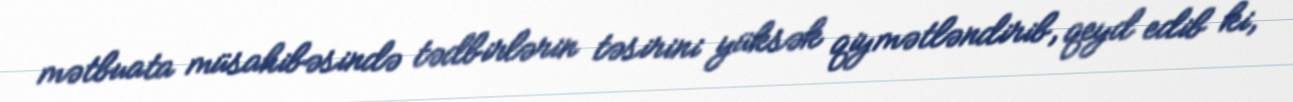
mətbuata müsahibəsində tədbirlərin təsirini yüksək qiymətləndirib, qeyd edib ki,